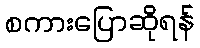
စကားပြောဆိုရန်